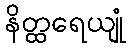
နိတ္ထရေယျုံ